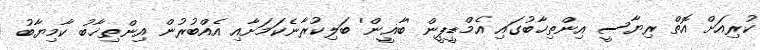
ކުރިއަށް އޮތް ރިޔާސީ އިންތިޚާބުގައި އެމްޑީޕީން 'ބާޣީން' ބަލިކުރާނެކަމަށާއި އެއްބުރުން އިންތިޚާބު ކާމިޔާބު